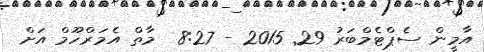
އާމީން ސެޕްޓެމްބަރު 29